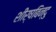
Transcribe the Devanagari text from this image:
शीर्षबिन्दु